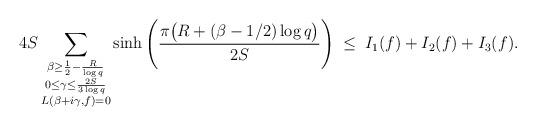
LaTeX: \begin{align*} 4S \sum_{\substack{\beta\geq\frac{1}{2}-\frac{R}{\log q}\\0\leq\gamma\leq \frac{2S}{3\log q} \\ L(\beta+i\gamma,f)=0}} \sinh\left(\frac{\pi \big(R+(\beta-1/2)\log q\big)}{2S}\right) \; \leq \; I_1(f)+I_2(f)+I_3(f).\end{align*}